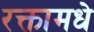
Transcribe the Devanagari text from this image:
रक्तामधे